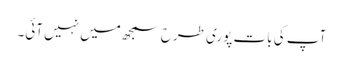
آپ کی بات پوری طرح سمجھ میں نہیں آئی۔